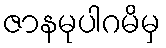
ဇာနမုပါဂမိမှ